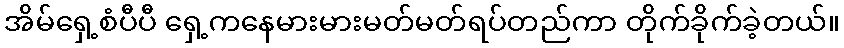
အိမ်ရှေ့စံပီပီ ရှေ့ကနေမားမားမတ်မတ်ရပ်တည်ကာ တိုက်ခိုက်ခဲ့တယ်။